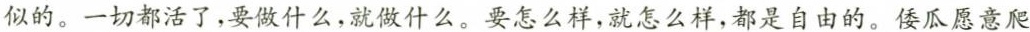
似的。一切都活了，要做什么，就做什么。要怎么样，就怎么样，都是自由的。倭瓜愿意爬